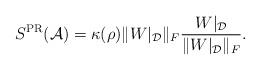
LaTeX: \begin{align*}{S}^{\rm PR}({\cal A})= \kappa(\rho) \|W|_{\mathcal D}\|_F\frac{W|_{\mathcal D}}{\|W|_{\mathcal D}\|_F}.\end{align*}